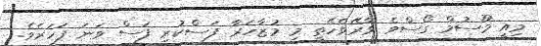
މިއީ މޫސުމް ގޯސްވެ ވާރޭވެހޭތީ މި މުޒާހަރާ ފަސްކުރި ފަސް ވަނަ ފަހަރެވެ.